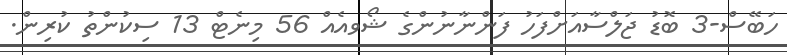
ހަބޭސް-3 ބޮޑު ޖަލްސާއަށްފަހު ފަންނާނުންގެ ޝޯވއެއް 56 މިނެޓް 13 ސިކުންތު ކުރިން.